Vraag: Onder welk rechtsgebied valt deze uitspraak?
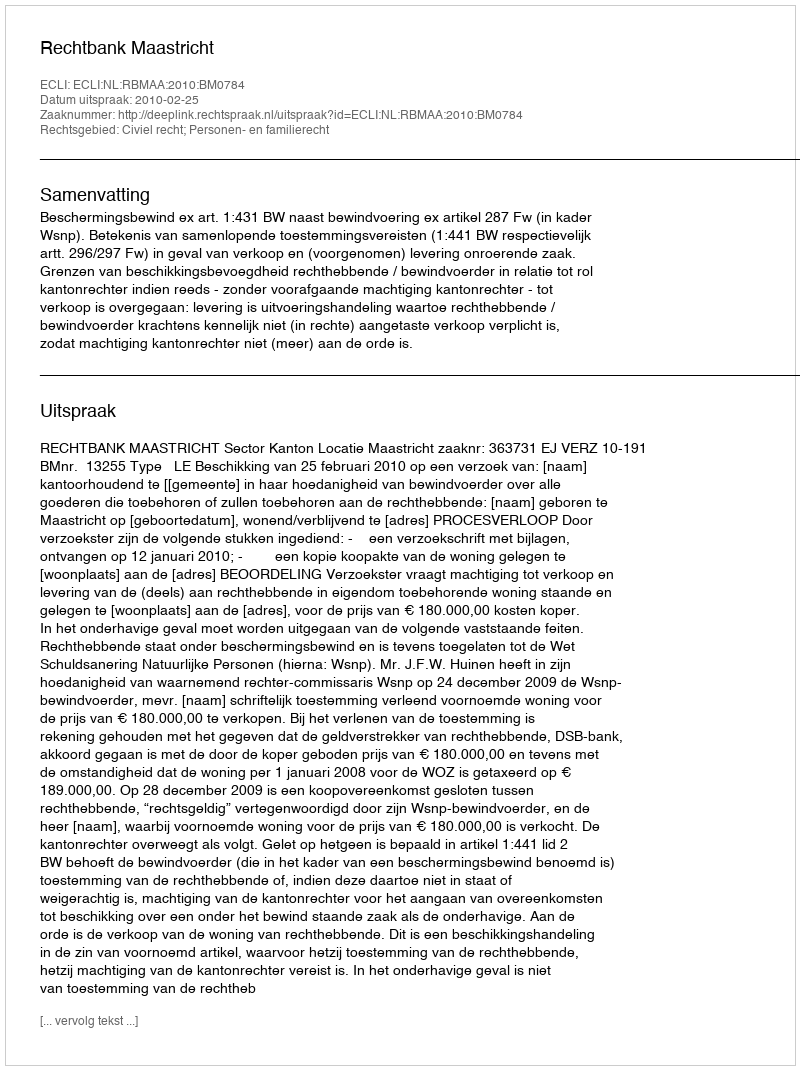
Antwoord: Civiel recht; Personen- en familierecht